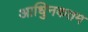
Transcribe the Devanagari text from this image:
आधुिनकतम